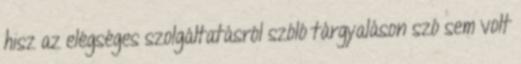
hisz az elégséges szolgáltatásról szóló tárgyaláson szó sem volt